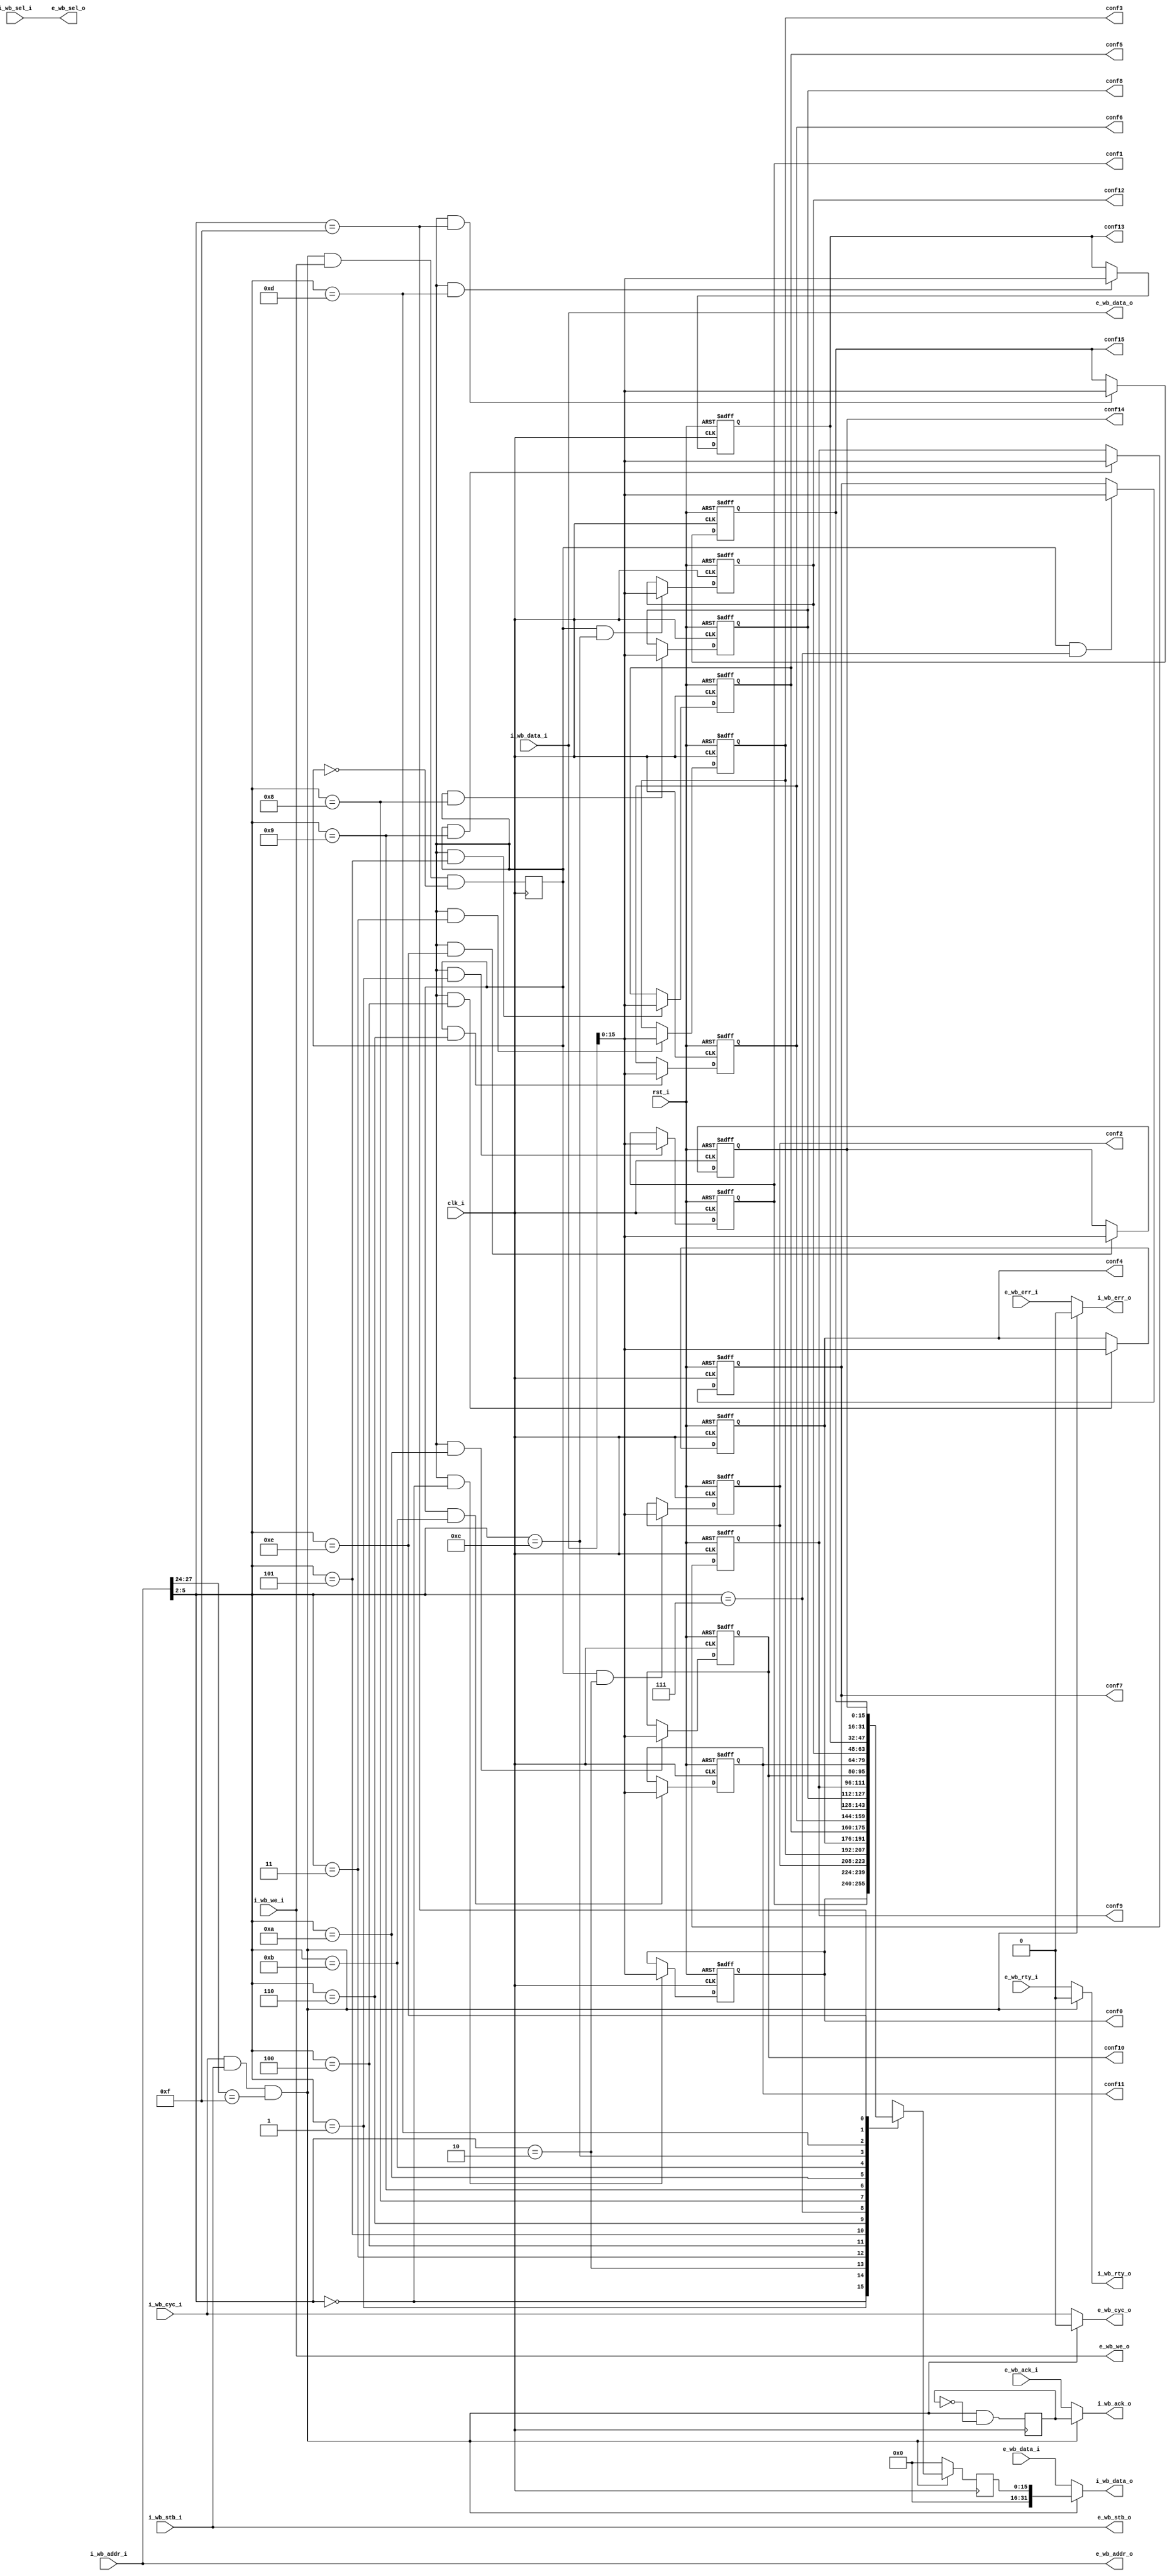
module wb_conmax_rf(
		clk_i, rst_i,

		// Internal Wishbone Interface
		i_wb_data_i, i_wb_data_o, i_wb_addr_i, i_wb_sel_i, i_wb_we_i, i_wb_cyc_i,
		i_wb_stb_i, i_wb_ack_o, i_wb_err_o, i_wb_rty_o,

		// External Wishbone Interface
		e_wb_data_i, e_wb_data_o, e_wb_addr_o, e_wb_sel_o, e_wb_we_o, e_wb_cyc_o,
		e_wb_stb_o, e_wb_ack_i, e_wb_err_i, e_wb_rty_i,

		// Configuration Registers
		conf0, conf1, conf2, conf3, conf4, conf5, conf6, conf7,
		conf8, conf9, conf10, conf11, conf12, conf13, conf14, conf15

		);

////////////////////////////////////////////////////////////////////
//
// Module Parameters
//

parameter	[3:0]	rf_addr	= 4'hf;
parameter		dw	= 32;		// Data bus Width
parameter		aw	= 32;		// Address bus Width
parameter		sw	= dw / 8;	// Number of Select Lines

////////////////////////////////////////////////////////////////////
//
// Module IOs
//

input		clk_i, rst_i;

// Internal Wishbone Interface
input	[dw-1:0]	i_wb_data_i;
output	[dw-1:0]	i_wb_data_o;
input	[aw-1:0]	i_wb_addr_i;
input	[sw-1:0]	i_wb_sel_i;
input			i_wb_we_i;
input			i_wb_cyc_i;
input			i_wb_stb_i;
output			i_wb_ack_o;
output			i_wb_err_o;
output			i_wb_rty_o;

// External Wishbone Interface
input	[dw-1:0]	e_wb_data_i;
output	[dw-1:0]	e_wb_data_o;
output	[aw-1:0]	e_wb_addr_o;
output	[sw-1:0]	e_wb_sel_o;
output			e_wb_we_o;
output			e_wb_cyc_o;
output			e_wb_stb_o;
input			e_wb_ack_i;
input			e_wb_err_i;
input			e_wb_rty_i;

// Configuration Registers
output	[15:0]		conf0;
output	[15:0]		conf1;
output	[15:0]		conf2;
output	[15:0]		conf3;
output	[15:0]		conf4;
output	[15:0]		conf5;
output	[15:0]		conf6;
output	[15:0]		conf7;
output	[15:0]		conf8;
output	[15:0]		conf9;
output	[15:0]		conf10;
output	[15:0]		conf11;
output	[15:0]		conf12;
output	[15:0]		conf13;
output	[15:0]		conf14;
output	[15:0]		conf15;

////////////////////////////////////////////////////////////////////
//
// Local Wires
//

reg	[15:0]	conf0, conf1, conf2, conf3, conf4, conf5;
reg	[15:0]	conf6, conf7, conf8, conf9, conf10, conf11;
reg	[15:0]	conf12, conf13, conf14, conf15;

//synopsys infer_multibit "conf0"
//synopsys infer_multibit "conf1"
//synopsys infer_multibit "conf2"
//synopsys infer_multibit "conf3"
//synopsys infer_multibit "conf4"
//synopsys infer_multibit "conf5"
//synopsys infer_multibit "conf6"
//synopsys infer_multibit "conf7"
//synopsys infer_multibit "conf8"
//synopsys infer_multibit "conf9"
//synopsys infer_multibit "conf10"
//synopsys infer_multibit "conf11"
//synopsys infer_multibit "conf12"
//synopsys infer_multibit "conf13"
//synopsys infer_multibit "conf14"
//synopsys infer_multibit "conf15"

wire		rf_sel;
reg	[15:0]	rf_dout;
reg		rf_ack;
reg		rf_we;

////////////////////////////////////////////////////////////////////
//
// Register File Select Logic
//

assign rf_sel = i_wb_cyc_i & i_wb_stb_i & (i_wb_addr_i[aw-5:aw-8] == rf_addr);

////////////////////////////////////////////////////////////////////
//
// Register File Logic
//

always @(posedge clk_i)
	rf_we <= #1 rf_sel & i_wb_we_i & !rf_we;

always @(posedge clk_i)
	rf_ack <= #1 rf_sel & !rf_ack;

// Writre Logic
always @(posedge clk_i or posedge rst_i)
	if(rst_i)					conf0 <= #1 16'h0;
	else
	if(rf_we & (i_wb_addr_i[5:2] == 4'd0) )		conf0 <= #1 i_wb_data_i[15:0];

always @(posedge clk_i or posedge rst_i)
	if(rst_i)					conf1 <= #1 16'h0;
	else
	if(rf_we & (i_wb_addr_i[5:2] == 4'd1) )		conf1 <= #1 i_wb_data_i[15:0];

always @(posedge clk_i or posedge rst_i)
	if(rst_i)					conf2 <= #1 16'h0;
	else
	if(rf_we & (i_wb_addr_i[5:2] == 4'd2) )		conf2 <= #1 i_wb_data_i[15:0];

always @(posedge clk_i or posedge rst_i)
	if(rst_i)					conf3 <= #1 16'h0;
	else
	if(rf_we & (i_wb_addr_i[5:2] == 4'd3) )		conf3 <= #1 i_wb_data_i[15:0];

always @(posedge clk_i or posedge rst_i)
	if(rst_i)					conf4 <= #1 16'h0;
	else
	if(rf_we & (i_wb_addr_i[5:2] == 4'd4) )		conf4 <= #1 i_wb_data_i[15:0];

always @(posedge clk_i or posedge rst_i)
	if(rst_i)					conf5 <= #1 16'h0;
	else
	if(rf_we & (i_wb_addr_i[5:2] == 4'd5) )		conf5 <= #1 i_wb_data_i[15:0];

always @(posedge clk_i or posedge rst_i)
	if(rst_i)					conf6 <= #1 16'h0;
	else
	if(rf_we & (i_wb_addr_i[5:2] == 4'd6) )		conf6 <= #1 i_wb_data_i[15:0];

always @(posedge clk_i or posedge rst_i)
	if(rst_i)					conf7 <= #1 16'h0;
	else
	if(rf_we & (i_wb_addr_i[5:2] == 4'd7) )		conf7 <= #1 i_wb_data_i[15:0];

always @(posedge clk_i or posedge rst_i)
	if(rst_i)					conf8 <= #1 16'h0;
	else
	if(rf_we & (i_wb_addr_i[5:2] == 4'd8) )		conf8 <= #1 i_wb_data_i[15:0];

always @(posedge clk_i or posedge rst_i)
	if(rst_i)					conf9 <= #1 16'h0;
	else
	if(rf_we & (i_wb_addr_i[5:2] == 4'd9) )		conf9 <= #1 i_wb_data_i[15:0];

always @(posedge clk_i or posedge rst_i)
	if(rst_i)					conf10 <= #1 16'h0;
	else
	if(rf_we & (i_wb_addr_i[5:2] == 4'd10) )	conf10 <= #1 i_wb_data_i[15:0];

always @(posedge clk_i or posedge rst_i)
	if(rst_i)					conf11 <= #1 16'h0;
	else
	if(rf_we & (i_wb_addr_i[5:2] == 4'd11) )	conf11 <= #1 i_wb_data_i[15:0];

always @(posedge clk_i or posedge rst_i)
	if(rst_i)					conf12 <= #1 16'h0;
	else
	if(rf_we & (i_wb_addr_i[5:2] == 4'd12) )	conf12 <= #1 i_wb_data_i[15:0];

always @(posedge clk_i or posedge rst_i)
	if(rst_i)					conf13 <= #1 16'h0;
	else
	if(rf_we & (i_wb_addr_i[5:2] == 4'd13) )	conf13 <= #1 i_wb_data_i[15:0];

always @(posedge clk_i or posedge rst_i)
	if(rst_i)					conf14 <= #1 16'h0;
	else
	if(rf_we & (i_wb_addr_i[5:2] == 4'd14) )	conf14 <= #1 i_wb_data_i[15:0];

always @(posedge clk_i or posedge rst_i)
	if(rst_i)					conf15 <= #1 16'h0;
	else
	if(rf_we & (i_wb_addr_i[5:2] == 4'd15) )	conf15 <= #1 i_wb_data_i[15:0];

// Read Logic
always @(posedge clk_i)
	if(!rf_sel)	rf_dout <= #1 16'h0;
	else
	case(i_wb_addr_i[5:2])
	   4'd0:	rf_dout <= #1 conf0;
	   4'd1:	rf_dout <= #1 conf1;
	   4'd2:	rf_dout <= #1 conf2;
	   4'd3:	rf_dout <= #1 conf3;
	   4'd4:	rf_dout <= #1 conf4;
	   4'd5:	rf_dout <= #1 conf5;
	   4'd6:	rf_dout <= #1 conf6;
	   4'd7:	rf_dout <= #1 conf7;
	   4'd8:	rf_dout <= #1 conf8;
	   4'd9:	rf_dout <= #1 conf9;
	   4'd10:	rf_dout <= #1 conf10;
	   4'd11:	rf_dout <= #1 conf11;
	   4'd12:	rf_dout <= #1 conf12;
	   4'd13:	rf_dout <= #1 conf13;
	   4'd14:	rf_dout <= #1 conf14;
	   4'd15:	rf_dout <= #1 conf15;
	endcase

////////////////////////////////////////////////////////////////////
//
// Register File By-Pass Logic
//

assign e_wb_addr_o = i_wb_addr_i;
assign e_wb_sel_o  = i_wb_sel_i;
assign e_wb_data_o = i_wb_data_i;

assign e_wb_cyc_o  = rf_sel ? 1'b0 : i_wb_cyc_i;
assign e_wb_stb_o  = i_wb_stb_i;
assign e_wb_we_o   = i_wb_we_i;

assign i_wb_data_o = rf_sel ? { {aw-16{1'b0}}, rf_dout} : e_wb_data_i;
assign i_wb_ack_o  = rf_sel ? rf_ack  : e_wb_ack_i;
assign i_wb_err_o  = rf_sel ? 1'b0    : e_wb_err_i;
assign i_wb_rty_o  = rf_sel ? 1'b0    : e_wb_rty_i;

endmodule